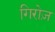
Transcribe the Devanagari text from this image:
गिरोज़